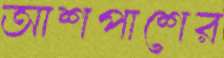
আশপাশের